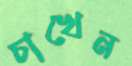
চাখেন